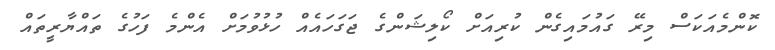
ކޮންމެއަކަސް މިރޭ ގައުމައިގެން ކުރިއަށް ކޯލިޝަންގެ ޖަގަހައެއް ހުޅުވުމަށް އެންމެ ފަހުގެ ތައްޔާރީތައް